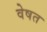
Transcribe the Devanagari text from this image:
वेषत